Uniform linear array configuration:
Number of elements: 48
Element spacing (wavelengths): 0.25
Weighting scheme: kaiser
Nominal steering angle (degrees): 60
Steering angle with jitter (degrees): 60.328
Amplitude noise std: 0.05
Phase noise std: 0.05

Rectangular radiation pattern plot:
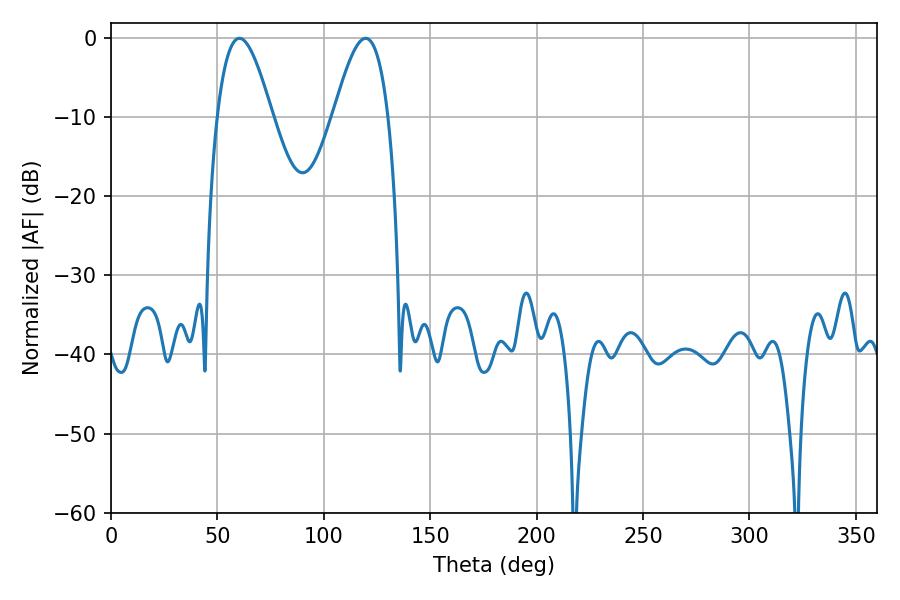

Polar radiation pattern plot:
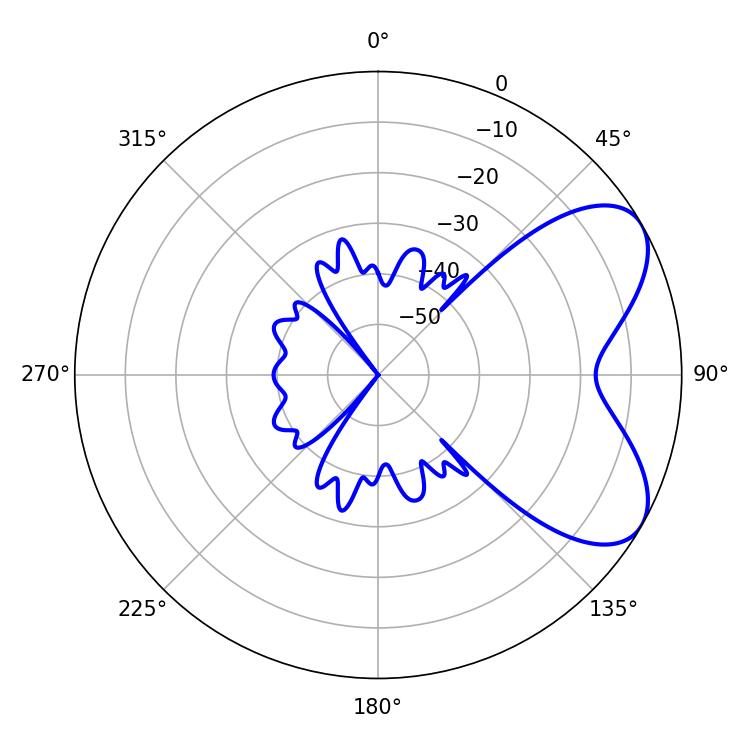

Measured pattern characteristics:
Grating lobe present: FALSE
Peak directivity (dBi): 6.255
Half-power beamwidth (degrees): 13.86
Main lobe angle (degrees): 60.3